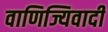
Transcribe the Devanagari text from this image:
वाणिज्यिवादी